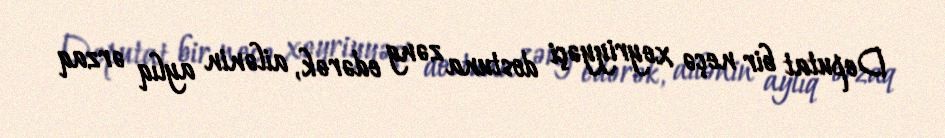
Deputat bir neçə xeyriyyəçi dostuna zəng edərək, ailənin aylıq ərzaq